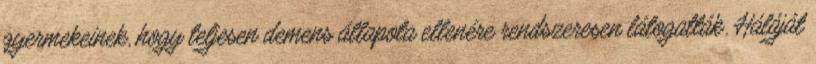
gyermekeinek, hogy teljesen demens állapota ellenére rendszeresen látogatták. Háláját